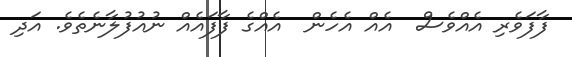
ފާފަވެރި އެއްވެސް  އެއް އެހެން  އެއްގެ ފާފައެއް ނުއުފުލާނެތެވެ. އަދި